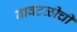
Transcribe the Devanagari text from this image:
वावटळीची